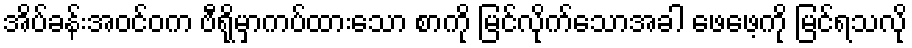
အိပ်ခန်းအဝင်ဝက ဗီရိုမှာကပ်ထားသော စာကို မြင်လိုက်သောအခါ ဖေဖေ့ကို မြင်ရသလို